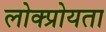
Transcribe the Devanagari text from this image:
लोक्प्रोयता